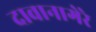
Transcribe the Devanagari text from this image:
दावानागेरे